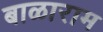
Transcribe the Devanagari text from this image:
बाळाराम